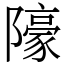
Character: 䧫